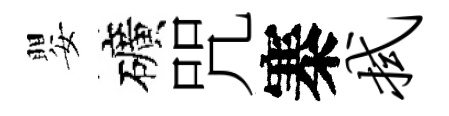
嬰礦咒寨拭